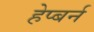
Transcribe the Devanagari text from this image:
हेप्बर्न